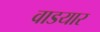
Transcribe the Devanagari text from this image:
वाडयार